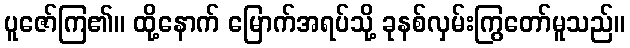
ပူဇော်ကြ၏။ ထို့နောက် မြောက်အရပ်သို့ ခုနစ်လှမ်းကြွတော်မူသည်။